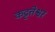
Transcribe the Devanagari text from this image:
कट्टत्तेश्वर